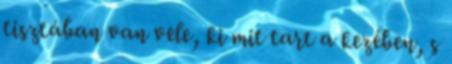
tisztában van vele, ki mit tart a kezében, s